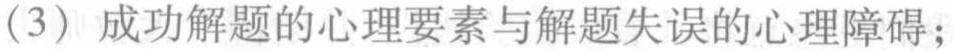
（3）成功解题的心理要素与解题失误的心理障碍；